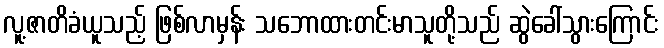
လူ့ဇာတိခံယူသည့် ဖြစ်လာမှန်း သဘောထားတင်းမာသူတို့သည် ဆွဲခေါ်သွားကြောင်း